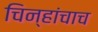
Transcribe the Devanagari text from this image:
चिन्हांचाच